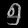
Digit: ၅